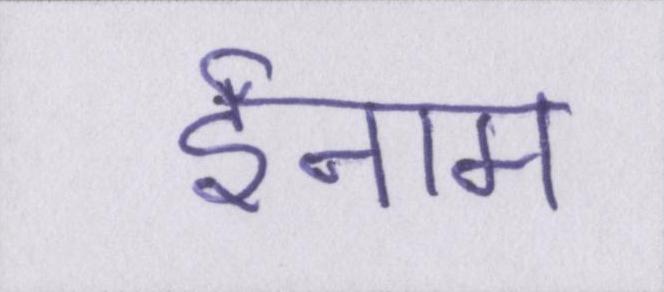
ईनाम